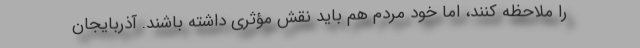
را ملاحظه کنند، امّا خود مردم هم باید نقش مؤثری داشته باشند. آذربایجان